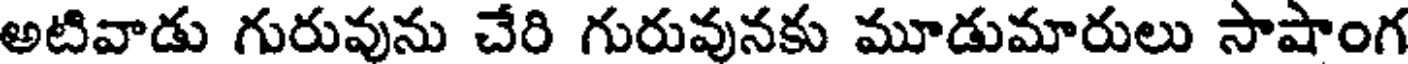
అటివాడు గురువును చేరి గురువునకు మూడుమారులు సాషాంగ